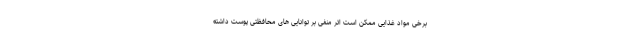
برخی مواد غذایی ممکن است اثر منفی بر توانایی های محافظتی پوست داشته